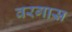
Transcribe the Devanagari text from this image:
वरगास